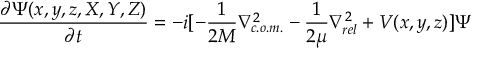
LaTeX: { \frac { \partial \Psi ( x , y , z , X , Y , Z ) } { \partial t } } = - i [ - { \frac { 1 } { 2 M } } \nabla _ { c . o . m . } ^ { 2 } - { \frac { 1 } { 2 \mu } } \nabla _ { r e l } ^ { 2 } + V ( x , y , z ) ] \Psi